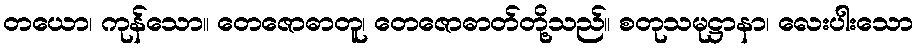
တယော၊ ကုန်သော။ တေဇောဓာတူ၊ တေဇောဓာတ်တို့သည်။ စတုသမုဋ္ဌာနာ၊ လေးပါးသော